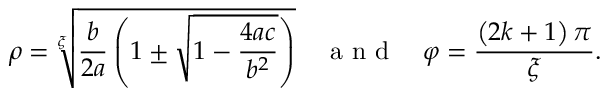
\rho = \sqrt [ \xi ] { \frac { b } { 2 a } \left( 1 \pm \sqrt { 1 - \frac { 4 a c } { b ^ { 2 } } } \right) } \quad \mathrm { ~ a ~ n ~ d ~ } \quad \varphi = \frac { \left( 2 k + 1 \right) \pi } { \xi } .